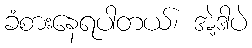
ခံစားနေရပါတယ်၊ အဲ့ဒါပဲ